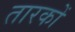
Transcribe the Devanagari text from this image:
तारकों